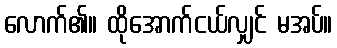
လောက်၏။ ထိုအောက်ငယ်လျှင် မအပ်။